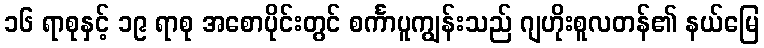
၁၆ ရာစုနှင့် ၁၉ ရာစု အစောပိုင်းတွင် စင်္ကာပူကျွန်းသည် ဂျဟိုးစူလတန်၏ နယ်မြေ